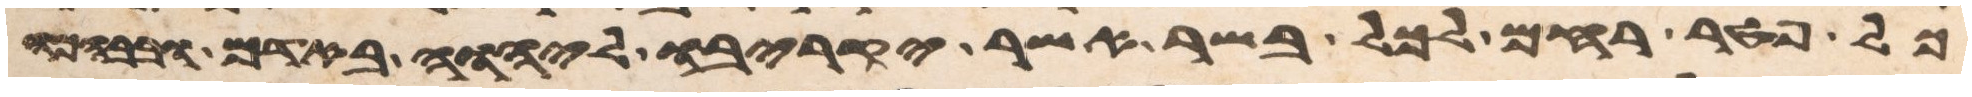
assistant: כל פטר רחם לכל בשר אשר יקריבו ליהוה באדם ובבהמה